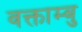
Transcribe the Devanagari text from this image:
वक्ताम्बु